Annual report on the lock hospitals of the Madras Presidency
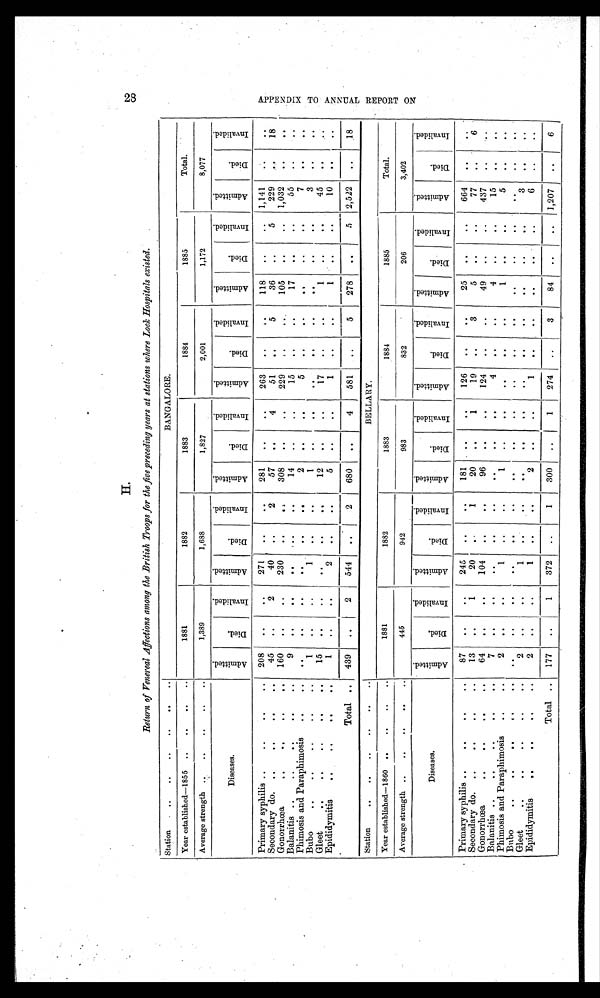
Return of Venereal Affections among the British Troops for the five preceding years at stations where Look Hospitals existed.
Station . ..
..
..
..
. .
..
BANGALORE.
Year established-1855 ..
..
. .
..
1881
1882
1883
1884
1885
Total.
Average strength ..
..
..
. .
..
1,389
1,688
1,827
2,001
1,172
8,077
Diseases.
A d m i t t e d
D i e d
I n v a l i d e d
A d m i t t e d
D i e d
I n v a l i d e d
A d m i t t e d
D i e d e
I n v a l i d e d
A d m i t t e d
D i e d
I n v a l i e d
A d m i t t e d
D i e d
I n v a l i d e d
A d m i t t e d
D i e d
I n v a l i d e d
Primary syphilis ..
..
..
..
208
. .
..
271
. .
. . 281
..
..
263
. .
..
118
..
..
1,141
..
..
Secondary do. ..
..
..
45
. .
2
40
..
2
57
. .
4
51
. .
5
36
. .
5
229
. .
18
Gonorrhoea
..
..
..
160
..
..
230
. .
. . 308
..
. .
229
..
..
105
..
..
1,032
. .
. .
Balanitis ..
..
..
9
..
..
. .
..
. .
14
. .
..
15
..
..
17
. .
. .
55
..
Phimosis and Paraphimosis
..
..
. .
. .
. .
. .
. .
2
. .
..
5
..
..
. .
..
. .
7
. .
. .
Bubo
..
..
..
..
..
1
. .
. .
1
. .
..
1
. .
..
. .
. .
..
. .
..
..
3
..
..
Gleet
..
..
..
..
15
. .
..
. .
. .
. .
12
. .
. .
17
. .
. . .
1
. .
. .
45
. .
Epididymitis
..
..
..
..
1
..
..
2
..
..
5
. . ..
1
..
..
1
..
..
10
. .
. .
Total ..
439
. .
2
544
..
2
680
. .
4
581
..
5
278
. .
5 2,522
18
Station
..
..
..
..
. .
..
BELLARY.
Year established-1860 ..
..
..
..
1881
1882
1883
1884
1885
Total.
Average strength ..
..
..
..
..
445
942
983
832
206
3,402
Diseases.
A d m i t t e d .
D i e d
I n v a l i d e d
A d m i t t e d
D i e d
I n v a l i d e d
A d m i t t e d
D i e d
I n v a l i d e d
A d m i t t e d
D i e d
I n v a l i d e d
A d m i t t e d
D i e d
I n v a l i d e d
A d m i t t e d
D i e d
I n v a l i d e d
Primary syphilis..
..
..
..
87
..
..
245
..
. . 181
. .
. .
126
..
..
25
. .
. .
664
. .
. .
Secondary do. ..
..
..
..
13
. .
1
20
..
1
20
. .
1
19
..
3
5
. .
..
77
..
6
Gonorrhoea
..
..a
..
..
64
. .
..
104
..
. .
96
. .
. .
124
. .
..
49
..
..
437
. .
. .
Balanitis..
..
..
..
7
. .
..
..
..
. .
..
..
. .
4
. . ..
4
..
..
15
. .
..
Phimosis and Paraphimosis
..
..
2
..
. .
1
..
..
1
. .
. .
. .
. .
..
1
. .
..
5
..
. .
Bnbo
..
..
..
. . ..
. .
. .
. .
. .
. .
. .
. .
. .
. .
. .
. .
. .
. .
. .
. .
. .
. .
. .
Gleet
..
..
..
..
2
. .
..
1
..
..
. .
. .
. .
. .
. .
. .
. .
. .
. .
3
..
. .
Epididymitis
..
..
..
2
. .
..
1
. .
..
2
. .
..
1
. .
..
..
. .
..
6
..
..
Total ..
177
. .
1
372
..
1
300
. .
1
274
..
3
84
..
..
1,20 7
..
6
A P P E N D I X T O R E P O R T O N